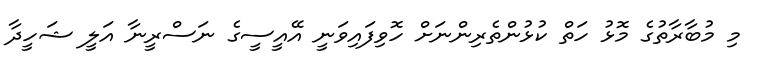
މި މުބާރާތުގެ މޮޅު ހަަތް ކުުޅުންތެރިންނަށް ހޮވިފައިވަނީ އޭއީސީގެ ނަސްރީނާ އަލީ ޝަހީދާ